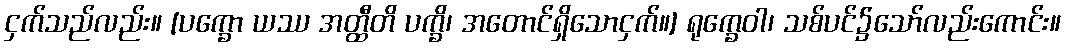
ငှက်သည်လည်း။ [ပက္ခော ယဿ အတ္ထီတိ ပက္ခိ၊ အတောင်ရှိသောငှက်။] ရုက္ခေဝါ၊ သစ်ပင်၌သော်လည်းကောင်း။